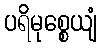
ပရိမုစ္စေယျံ